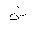
Letter: _shin